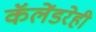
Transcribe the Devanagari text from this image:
कॅलेंडरेही